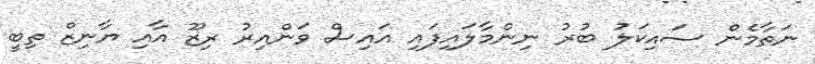
ނަތާމެން ސައިކަލު ބުރު ނިންމާލައިފައި އައިސް ވަންއިރު ރިޒޫ އާއި ޔާނިޒް ތިބީ